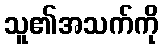
သူ၏အသက်ကို